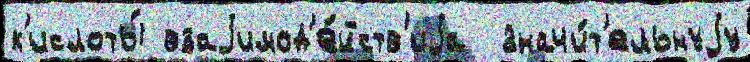
к'ислоты́ взаjимод'е́йств'иjа  значи́т'ельнуjу